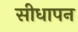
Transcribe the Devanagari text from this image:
सीधापन